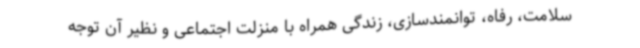
سلامت، رفاه، توانمندسازی، زندگی همراه با منزلت اجتماعی و نظیر آن توجه